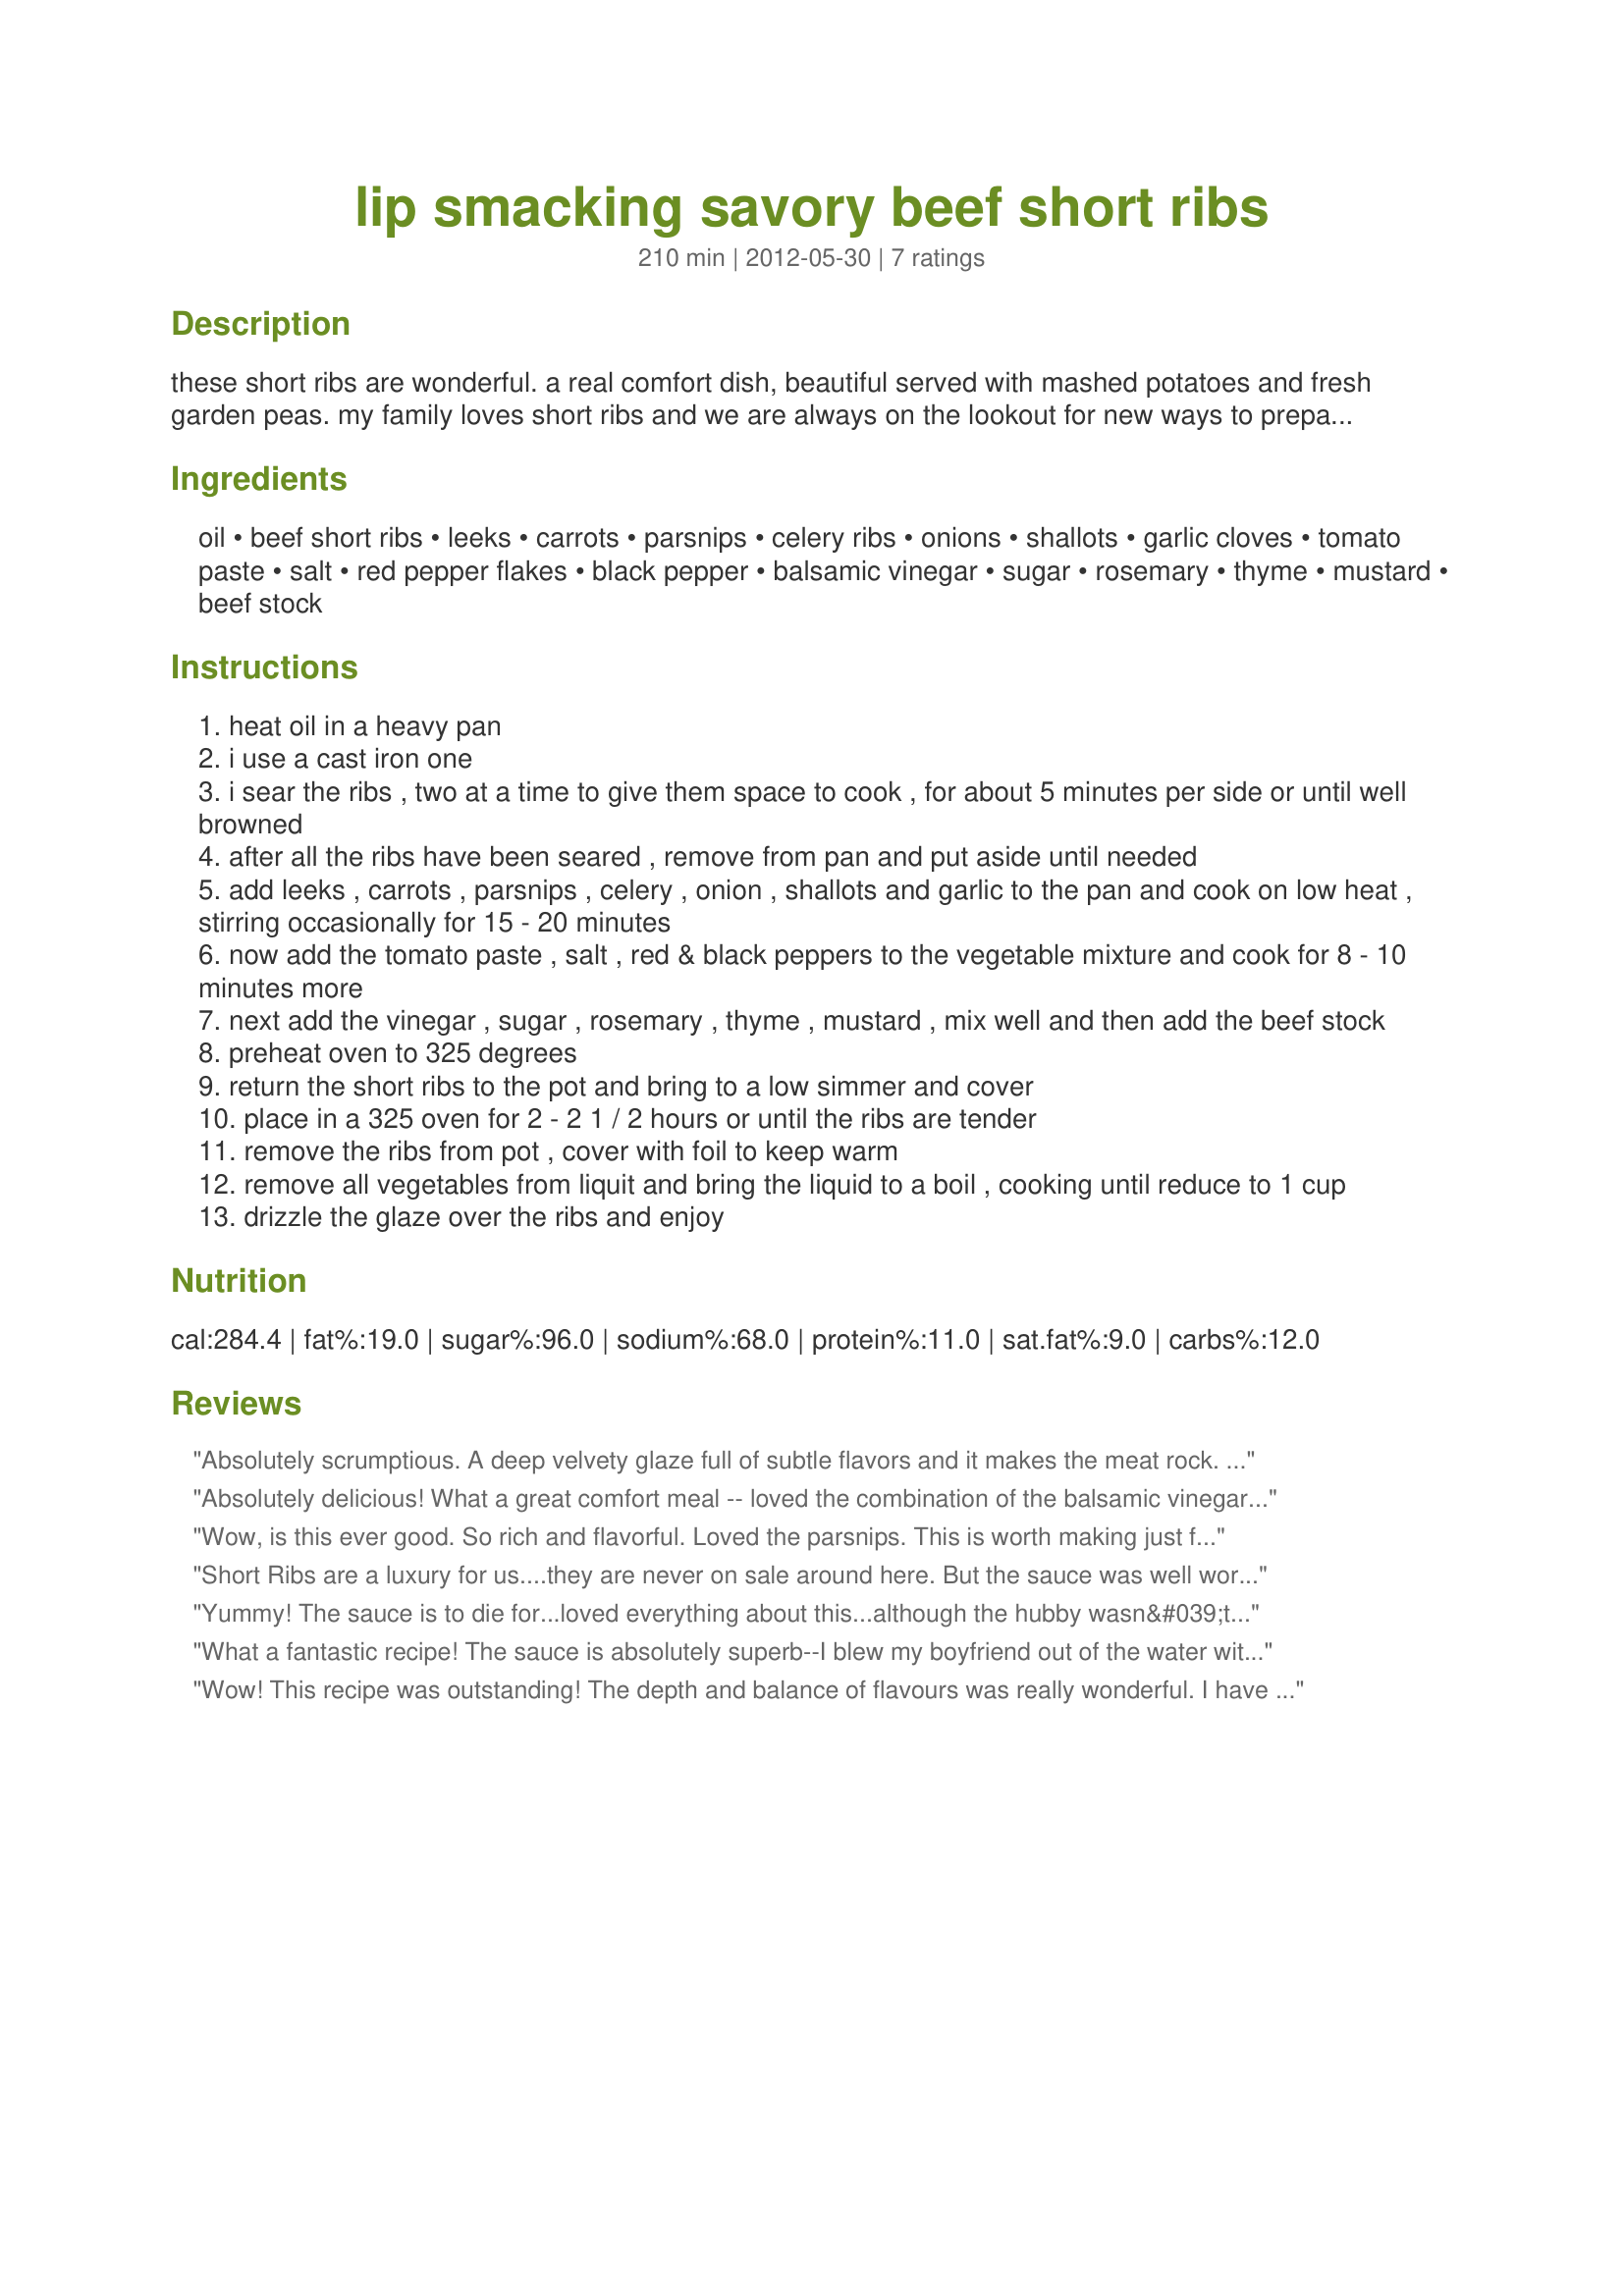
lip smacking savory beef short ribs
Preparation time: 210 minutes

these short ribs are wonderful. a real comfort dish, beautiful served with mashed potatoes and fresh garden peas. my family loves short ribs and we are always on the lookout for new ways to prepare them. i always buy short ribs with the bone, as they have the most flavor.

the basic recipe is a friends, i've just changed a few things to make them perfect for my familys taste buds. i hope you will enjoy these as much as we do.

Ingredients:
oil, beef short ribs, leeks, carrots, parsnips, celery ribs, onions, shallots, garlic cloves, tomato paste, salt, red pepper flakes, black pepper, balsamic vinegar, sugar, rosemary, thyme, mustard, beef stock

Steps:
heat oil in a heavy pan
i use a cast iron one
i sear the ribs , two at a time to give them space to cook , for about 5 minutes per side or until well browned
after all the ribs have been seared , remove from pan and put aside until needed
add leeks , carrots , parsnips , celery , onion , shallots and garlic to the pan and cook on low heat , stirring occasionally for 15 - 20 minutes
now add the tomato paste , salt , red & black peppers to the vegetable mixture and cook for 8 - 10 minutes more
next add the vinegar , sugar , rosemary , thyme , mustard , mix well and then add the beef stock
preheat oven to 325 degrees
return the short ribs to the pot and bring to a low simmer and cover
place in a 325 oven for 2 - 2 1 / 2 hours or until the ribs are tender
remove the ribs from pot , cover with foil to keep warm
remove all vegetables from liquit and bring the liquid to a boil , cooking until reduce to 1 cup
drizzle the glaze over the ribs and enjoy

Reviews:
Absolutely scrumptious. A deep velvety glaze full of subtle flavors and it makes the meat rock. Best short ribs I have ever had. I had some onion slices on the side that i mopped in the sauce as well
Absolutely delicious! What a great comfort meal -- loved the combination of the balsamic vinegar and brown sugar along with the tomato paste and mustard combination. I cooked this dish in my slow cooker and the aroma was intoxicating. We couldn't wait to dive in and this dish definitely lived up to it's name. Served this dish with your Green Beans Au Gratin. Made for Fall PAC, October, 2012.
Wow, is this ever good. So rich and flavorful. Loved the parsnips. This is worth making just for the sauce. Going to put this one in my rotation for when I see short ribs on sale.
Short Ribs are a luxury for us....they are never on sale around here. But the sauce was well worth it!! The smell in the house was fabulous while cooking....perfect for a weekend when I can be home and let something cook for hours. Thanks for sharing!!
Yummy! The sauce is to die for...loved everything about this...although the hubby wasn&#039;t to pleased with the fat on the meat...not really his favorite meat...he did love the flavor of this dish...made for FYC tag game...
What a fantastic recipe! The sauce is absolutely superb--I blew my boyfriend out of the water with the flavor of these ribs. To speed up the process, I cooked for about 1hr on 325 then increased the heat to 350 for another 45 minutes and ribs were cooked perfectly. My only issue is my parsnips and carrots weren't completely cooked--perhaps that's my fault for not leaving them in the pan long enough...I wish I would have cooked them a little more beforehand. I paired with homemade mashed potatoes (the reduced gravy went perfectly). Thank you for sharing, I'll definitely make this again!
Wow! This recipe was outstanding! The depth and balance of flavours was really wonderful. I have never been a huge fan of parsnips but hubby is, so I thought he would really enjoy this. I was happily surprised by how mouthwatering they were! Keeper, keeper, keeper! Thanks Baby Kato for this terrific dish!
